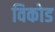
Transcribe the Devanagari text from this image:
विकोड